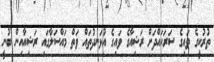
ތުރުކީގެ ވައިގެ ސަރަހައްދަށް ރަޝިއާގެ ވައިގެ އުޅަނދުތައް ވަތް މައްސަލާގައި ރަޝިއާއިން ބުނީ